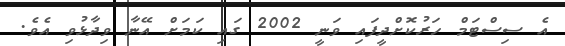
އެ ސިސްޓަމް ހަރުކޮށްދީފައި ވަނީ 2002 ގައި ކަމަށް އޭނާ ވިދާޅުވި އެވެ.